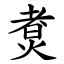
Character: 煑